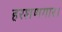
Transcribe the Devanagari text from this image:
हरशणगार।